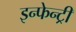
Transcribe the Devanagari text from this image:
इन्फेन्ट्री